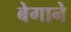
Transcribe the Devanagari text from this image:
बेगाने